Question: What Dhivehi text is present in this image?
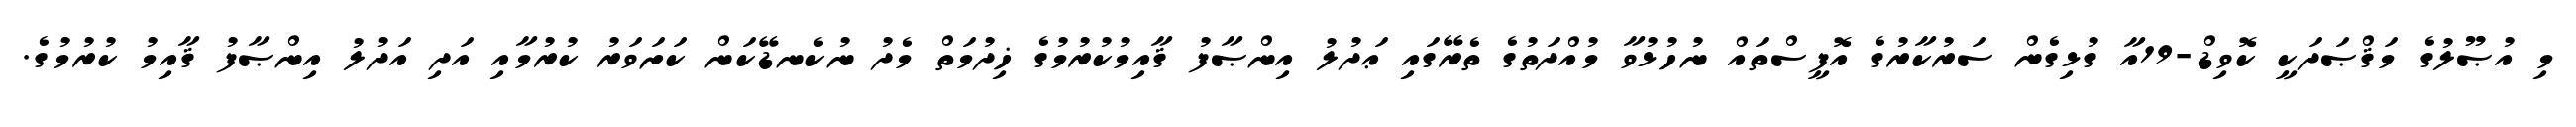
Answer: މި އުޞޫލުގެ މަޤްޞަދަކީ ކޮވިޑް-19އާ ގުޅިގެން ސަރުކާރުގެ އޮފީސްތައް ނުހުޅުވާ މުއްދަތުގެ ތެރޭގައި ޢަދުލު އިންޞާފު ޤާއިމުކުރުމުގެ ޚިދުމަތް މެދު ނުކެނޑޭކަން ކަށަވަރު ކުރުމާއި އަދި އަދުލު އިންޞާފު ޤާއިމު ކުރުމުގެ.